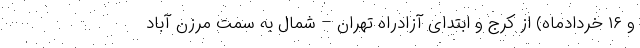
و ۱۶ خردادماه) از کرج و ابتدای آزادراه تهران – شمال به سمت مرزن آباد